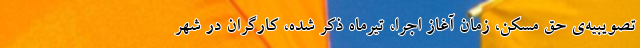
تصویبیه‌ی حق مسکن، زمان آغاز اجرا، تیرماه ذکر شده، کارگران در شهر